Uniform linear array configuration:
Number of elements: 16
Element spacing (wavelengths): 1
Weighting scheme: uniform
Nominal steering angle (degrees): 30
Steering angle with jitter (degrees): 29.674
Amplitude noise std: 0.05
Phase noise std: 0.05

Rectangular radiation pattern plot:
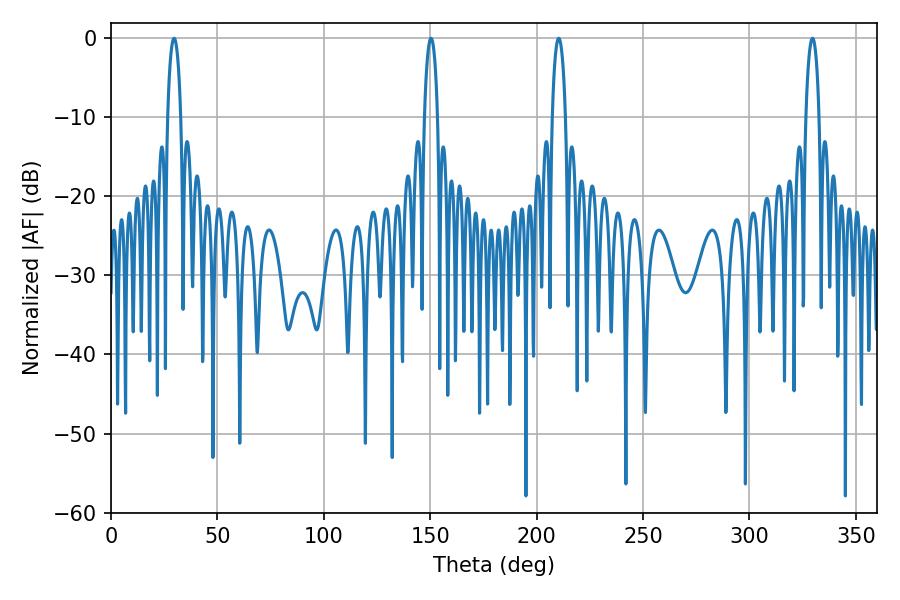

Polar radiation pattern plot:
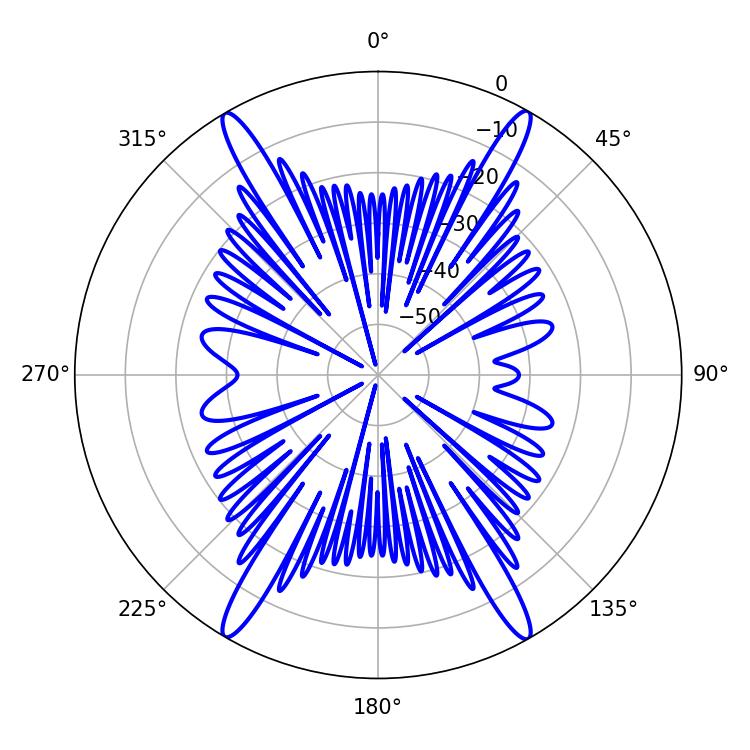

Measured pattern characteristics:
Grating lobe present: TRUE
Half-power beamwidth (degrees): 3.6
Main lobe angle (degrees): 210.42